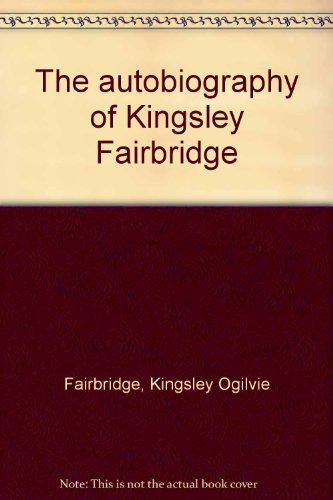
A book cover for The autobiography of Kingsley Fairbridge; Kingsley Ogilvie Fairbridge; Travel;